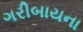
ગરીબાયના